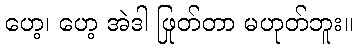
ဟေ့၊ ဟေ့ အဲဒါ ဖြုတ်တာ မဟုတ်ဘူး။